Source: Computer-generated
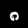
Digit: ၈ (8)